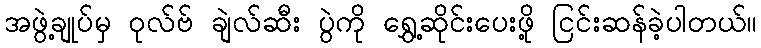
အဖွဲ့ချုပ်မှ ဝုလ်ဗ် ချဲလ်ဆီး ပွဲကို ရွှေ့ဆိုင်းပေးဖို့ ငြင်းဆန်ခဲ့ပါတယ်။